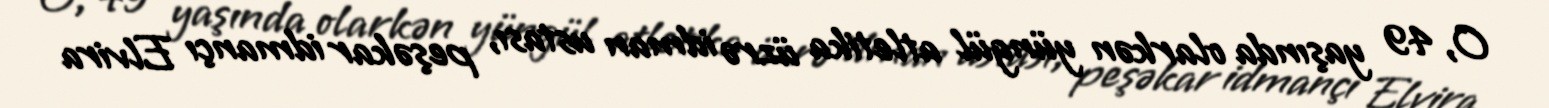
O, 49 yaşında olarkən yüngül atletika üzrə idman ustası, peşəkar idmançı Elvira